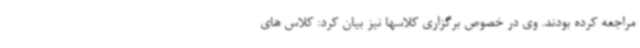
مراجعه کرده بودند. وی در خصوص برگزاری کلاسها نیز بیان کرد: کلاس های